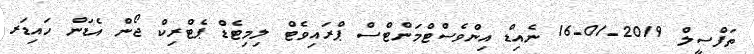
ތަފްސީލް 2019-01-16 ނެއިޑް އިންވެސްޓްމަންޓްސް ޕްރައިވެޓް ލިމިޓެޑް ޕެޓްރިކް ޖޯން އެޑަން ހައިޑަރ